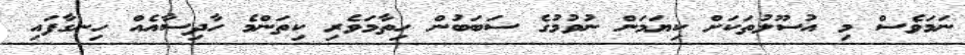
ނަމަވެސް މި އުސޫލުތަކަށް ކިޔަމަން ނުވުމުގެ ސަބަބުން ހިތާމަވެރި ކިތަންމެ ހާދިސާއެއް ހިނގާފައި